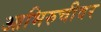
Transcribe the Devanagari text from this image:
आभिरुचीवर